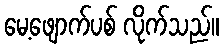
မေ့ဖျောက်ပစ် လိုက်သည်။